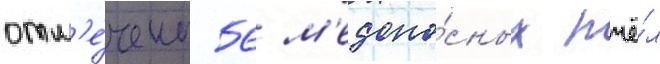
отм'е́чены 56 м'едоно́сных пчё́л